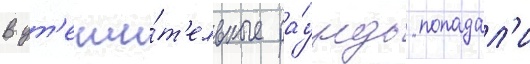
В ут'еши́т'ельные ра́унды попадал'и